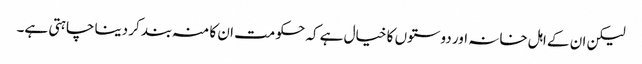
لیکن ان کے اہل خانہ اور دوستوں کا خیال ہے کہ حکومت ان کا منہ بند کر دینا چاہتی ہے۔